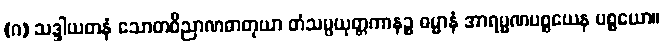
(ဂ) သဒ္ဒါယတနံ သောတဝိညာဏဓာတုယာ တံသမ္ပယုတ္တကာနဉ္စ ဓမ္မာနံ အာရမ္မဏပစ္စယေန ပစ္စယော။